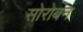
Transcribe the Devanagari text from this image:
सोरोबन